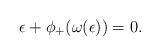
LaTeX: \begin{gather*}\epsilon+\phi_+(\omega(\epsilon))=0.\end{gather*}